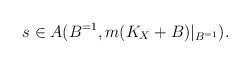
\begin{align*}s \in A(B^{=1}, m(K_X+B)|_{B^{=1}}).\end{align*}